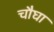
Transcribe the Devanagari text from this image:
चौघा